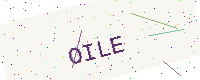
Text: OILE